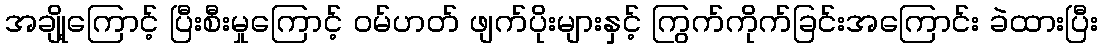
အချို့ကြောင့် ပြီးစီးမှုကြောင့် ဝမ်ဟတ် ဖျက်ပိုးများနှင့် ကြွက်ကိုက်ခြင်းအကြောင်း ခဲထားပြီး